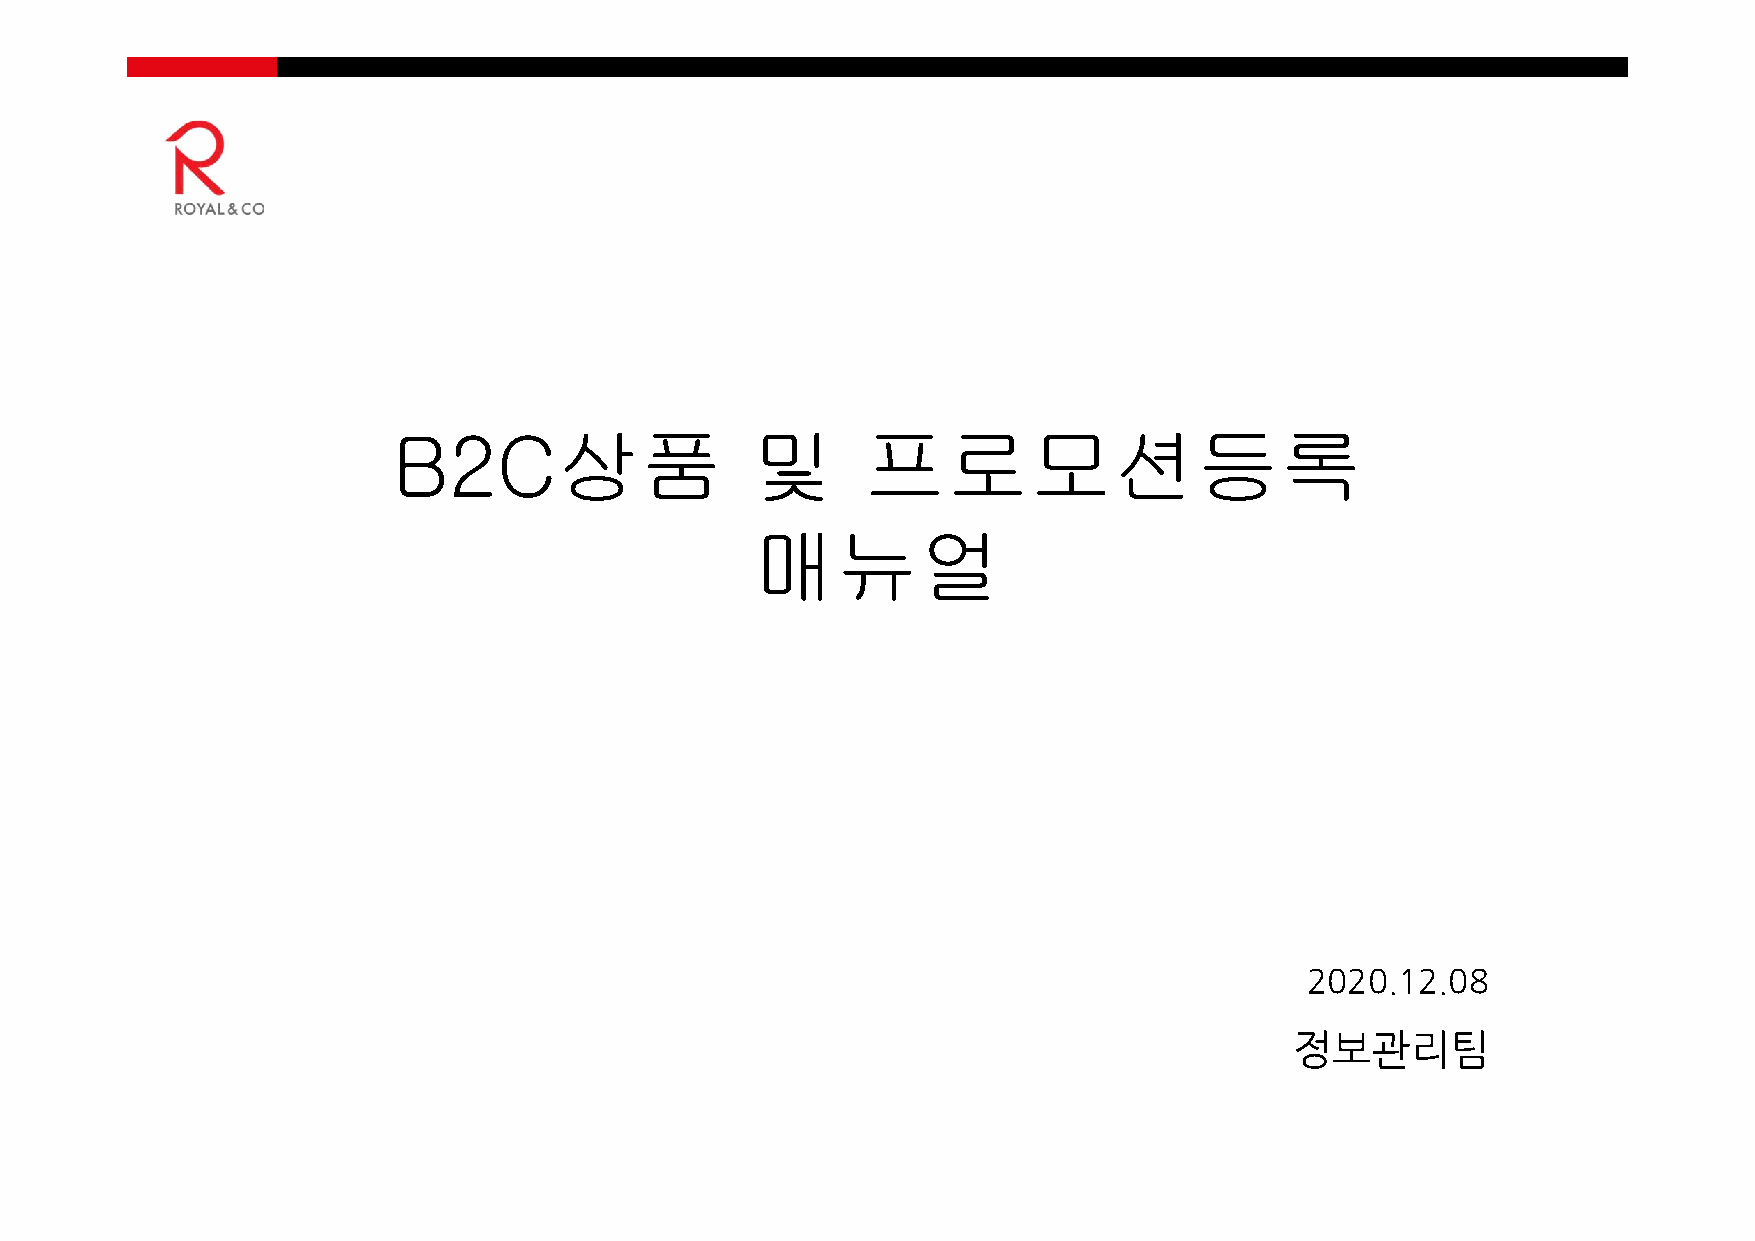
B2C상품                   및      프로모션등록
 매뉴얼
 2020.12.08
 정보관리팀